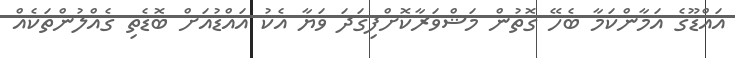
އައްޑޫގެ އަމާންކަމާ ބެހޭ ގޮތުން މަޝްވަރާކޮށްފިގަދަ ވަޔާ އެކު އައްޑުއަށް ބޮޑެތި ގެއްލުންތަކެއް